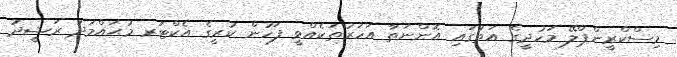
މިސްކްރީންޕްލޭ މަހުދީގެ އަތުގައި އޮންނަތާ އަހަރުތަކެއްވީ ފަހުން ކުރީގެ އެކްޓަރ މުޙައްމަދު ރަޝީދު